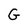
Character: G